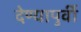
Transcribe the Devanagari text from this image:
देण्यापुर्वी